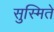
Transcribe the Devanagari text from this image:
सुस्मिते